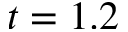
t = 1 . 2